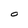
Character: O